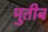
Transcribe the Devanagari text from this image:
मुतीब